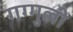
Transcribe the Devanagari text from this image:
गग्गुली